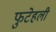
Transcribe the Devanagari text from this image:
फुटेहली